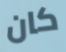
كان